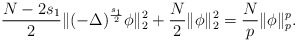
\begin{align*}\frac{N-2s_1}{2}\|(-\Delta)^{\frac{s_1}{2}}\phi\|_2^2+\frac{N}{2}\|\phi\|_2^2=\frac{N}{p}\|\phi\|_p^p.\end{align*}